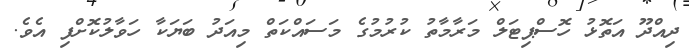
ދިއްދޫ އަތޮޅު ހޮސްޕިޓަލް މަރާމާތު ކުރުމުގެ މަސައްކަތް މިއަދު ބަޔަކާ ހަވާލުކޮށްފި އެވެ.